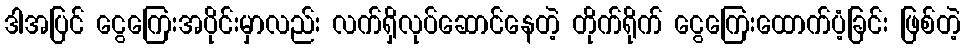
ဒါအပြင် ငွေကြေးအပိုင်းမှာလည်း လက်ရှိလုပ်ဆောင်နေတဲ့ တိုက်ရိုက် ငွေကြေးထောက်ပံ့ခြင်း ဖြစ်တဲ့